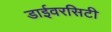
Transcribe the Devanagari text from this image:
डाईवरसिटी